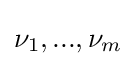
\nu _{1},...,\nu _{m}